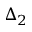
\Delta _ { 2 }